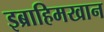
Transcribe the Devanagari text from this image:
इब्राहिमखान